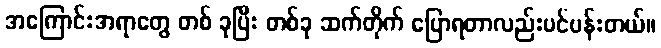
အကြောင်းအရာတွေ တစ် ခုပြီး တစ်ခု ဆက်တိုက် ပြောရတာလည်းပင်ပန်းတယ်။